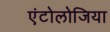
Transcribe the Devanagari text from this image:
एंटोलोजिया